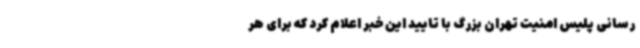
رسانی پلیس امنیت تهران بزرگ با تایید این خبر اعلام کرد که برای هر